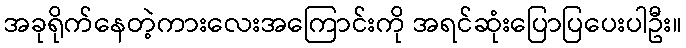
အခုရိုက်နေတဲ့ကားလေးအကြောင်းကို အရင်ဆုံးပြောပြပေးပါဦး။